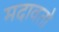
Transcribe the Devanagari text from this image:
मदावतो